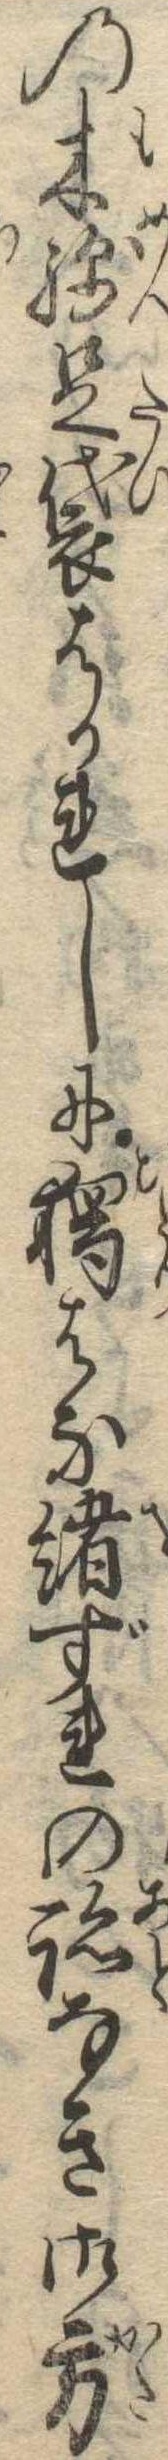
の木綿足袋はかれしに独はな緒ずれの跡なき御方